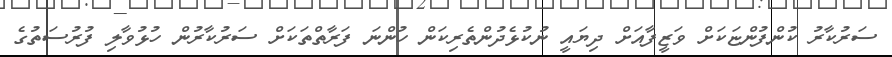
ސަރުކާރު ކުންފުންޏަކަށް ވަޒީފާއަށް ދިޔައީ ނުކުޅެދުންތެރިކަން ހުންނަ ފަރާތްތަކަށް ސަރުކާރުން ހުޅުވާލި ފުރުސަތުގެ